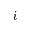
_ i